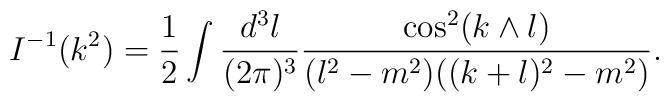
I^{-1}(k^2)=\frac12\int \frac{d^3 l}{(2\pi)^3}\frac{\cos^2 (k\wedge l)}{(l^2-m^2)((k+l)^2-m^2)}.